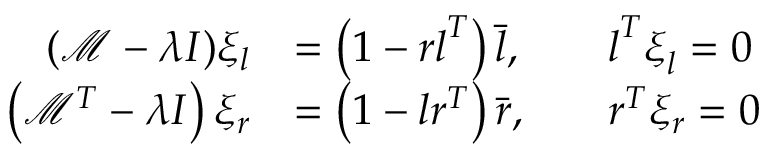
\begin{array} { r l r l } { ( \mathcal { M } - \lambda I ) \xi _ { l } } & { = \left( 1 - \boldsymbol { r } \boldsymbol { l } ^ { T } \right) \bar { \boldsymbol { l } } , } & & { \boldsymbol { l } ^ { T } \boldsymbol { \xi } _ { l } = 0 } \\ { \left( \mathcal { M } ^ { T } - \lambda I \right) \xi _ { r } } & { = \left( 1 - \boldsymbol { l } \boldsymbol { r } ^ { T } \right) \bar { \boldsymbol { r } } , } & & { \boldsymbol { r } ^ { T } \xi _ { r } = 0 } \end{array}